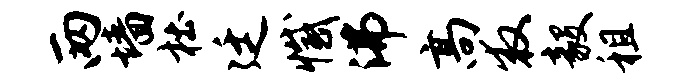
两墙杜廷撼沸高救毅租